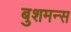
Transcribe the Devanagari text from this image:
बुशमन्स